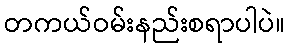
တကယ်ဝမ်းနည်းစရာပါပဲ။